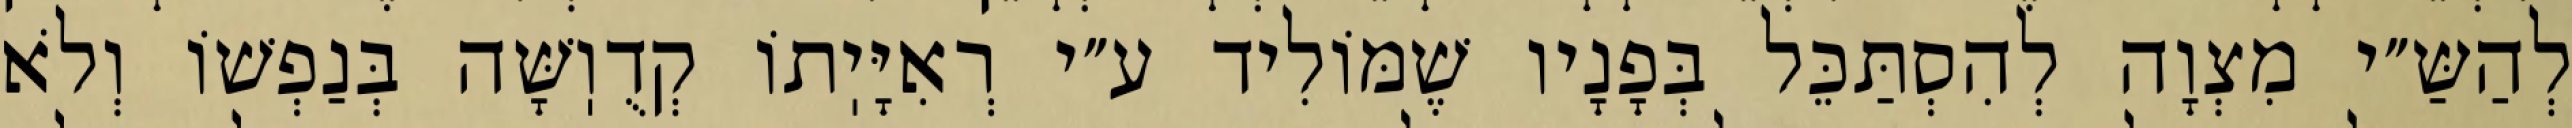
לְהַשַּ״י מִצְוָה לְהִסְתַּכֵּל בְּפָנָיו שֶׁמּוֹלִיד ע״י רְאִיָּיֽתוֹ קְדֻוֽשָּׁה בְּנַפְשׁוֹ וְלֹא